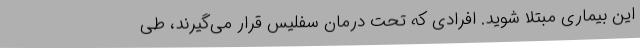
این بیماری مبتلا شوید. افرادی که تحت درمان سفلیس قرار می‌گیرند، طی